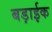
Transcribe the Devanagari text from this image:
बड़ाईक